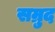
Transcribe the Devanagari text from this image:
सम्रुद